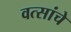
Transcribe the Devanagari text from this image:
वत्सांचे